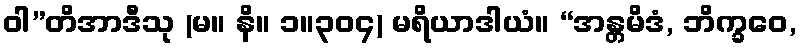
ဝါ”တိအာဒီသု (မ။ နိ။ ၁။၃၀၄) မရိယာဒါယံ။ “အန္တမိဒံ, ဘိက္ခဝေ,